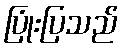
ပြုံးပြသည်